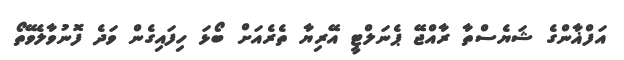
އަފްޣާންގެ ޝަޔެސްތާ ރާއްޖޭ ޕެނަލްޓީ އޭރިޔާ ތެރެއަށް ބޯޅަ ހިފައިގެން ވަދެ ފޮނުވާލެވޭތޯ